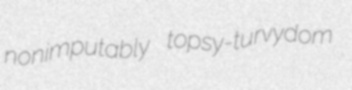
nonimputably topsy-turvydom